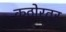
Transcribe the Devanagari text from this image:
कठोरतर